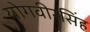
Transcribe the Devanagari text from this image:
योगवीरसिंह